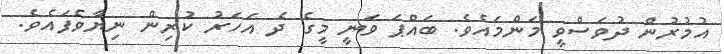
އުމުރުން ދުވަސްވީ މަންމައެވެ. ބައްޕަ ވަނީ މީގެ ދެ އަހަރު ކުރިން ނިޔާވެފައެވެ.